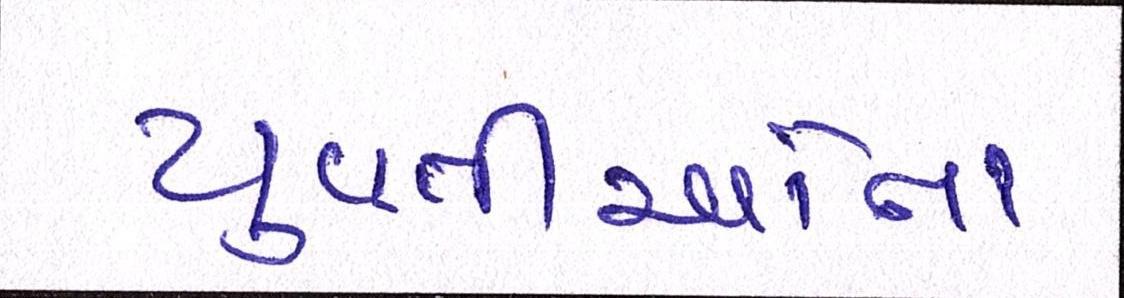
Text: યુવતીઓના